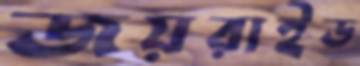
জয়রাইড